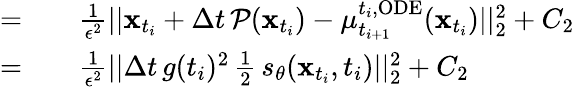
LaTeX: \begin{array}{rl}{=}&{{}\quad\frac{1}{\epsilon^{2}}||\mathbf{x}_{t_{i}}+\Delta t\, \mathcal{P}(\mathbf{x}_{t_{i}})-\mu_{t_{i+1}}^{t_{i},\mathrm{ODE}}(\mathbf{x}_{t_{i}})||_{2}^{2}+C_{2}}\\ {=}&{{}\quad\frac{1}{\epsilon^{2}}||\Delta t\, g(t_{i})^{2}\, \frac{1}{2}\, s_{\theta}(\mathbf{x}_{t_{i}},t_{i})||_{2}^{2}+C_{2}}\end{array}